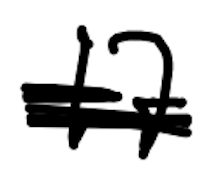
Text: 17
Cross-out: scratch
Writing tool: digital_black